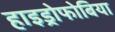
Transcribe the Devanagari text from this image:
हाइड्रोफोबिया